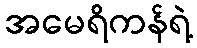
အမေရိကန်ရဲ့